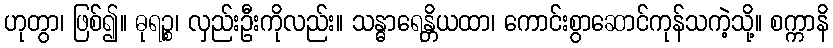
ဟုတွာ၊ ဖြစ်၍။ ဓုရဉ္စ၊ လှည်းဦးကိုလည်း။ သန္ဓာရေန္တိယထာ၊ ကောင်းစွာဆောင်ကုန်သကဲ့သို့။ စက္ကာနိ